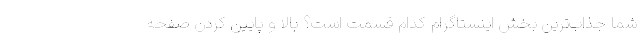
شما جذاب‌ترین بخش اینستاگرام کدام قسمت است؟ بالا ‌و پایین کردن صفحه